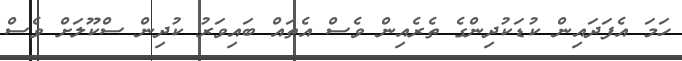
ހަމަ އެފަދައިން ކުޑަކުދިންގެ ތެރެއިން ވެސް އެތައް ބައިވަރު ކުދިން ސްކޫލަށް ވެސް